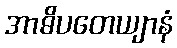
အာဓိပတေယျာနံ